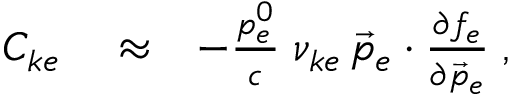
\begin{array} { r l r } { C _ { k e } } & { { } \approx } & { - \frac { p _ { e } ^ { 0 } } { c } \; \nu _ { k e } \, \vec { p } _ { e } \cdot \frac { \partial f _ { e } } { \partial \vec { p } _ { e } } \; , } \end{array}